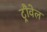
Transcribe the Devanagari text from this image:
ट्रौवेल